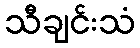
သီချင်းသံ